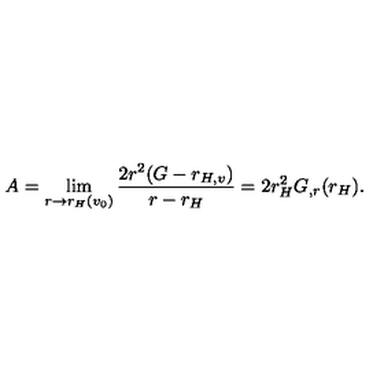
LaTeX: A = \lim _ { r \rightarrow r _ { H } ( v _ { 0 } ) } \frac { 2 r ^ { 2 } ( G - r _ { H , v } ) } { r - r _ { H } } = 2 r _ { H } ^ { 2 } G _ { , r } ( r _ { H } ) .